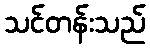
သင်တန်းသည်